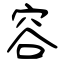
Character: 容